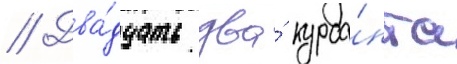
// Два́дцать два́ курса́нта